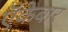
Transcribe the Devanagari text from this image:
ऍकेबार